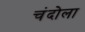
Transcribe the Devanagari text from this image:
चंदोला